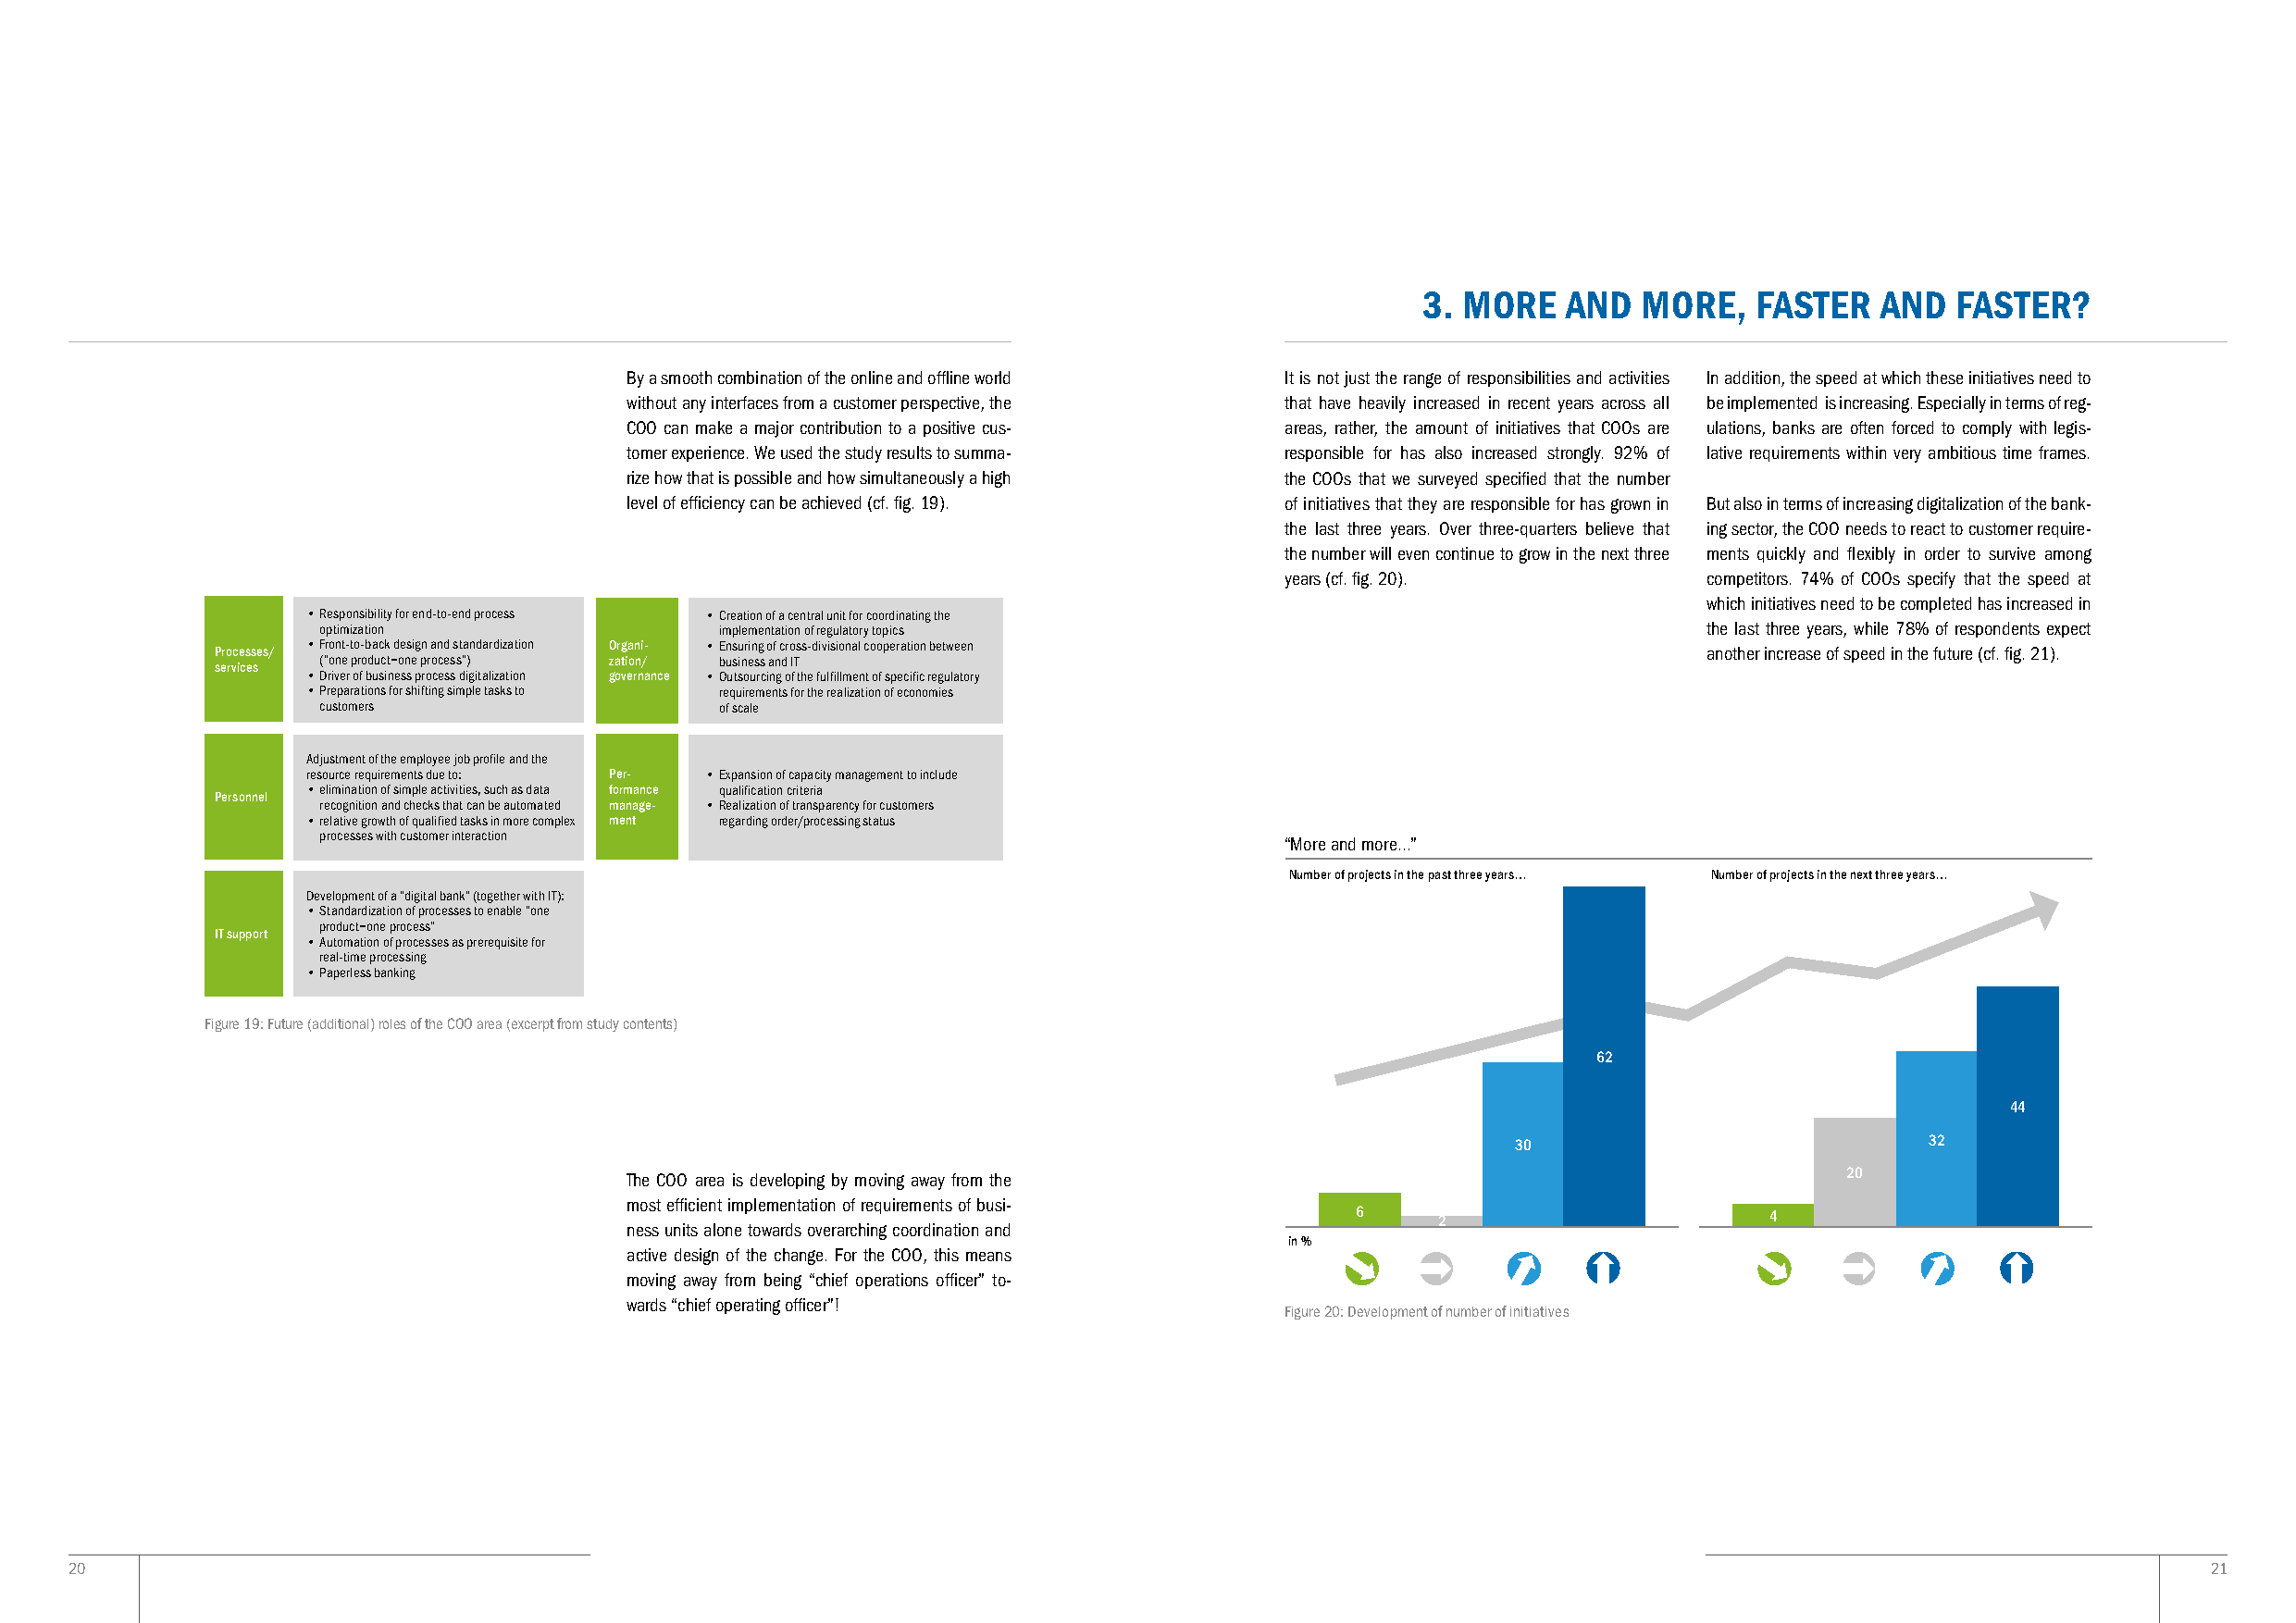
3. MORE   AND  MORE,    FASTER   AND  FASTER?
 By a smooth combination of the online and offline world It is not just the range of responsibilities and activities In addition, the speed at which these initiatives need to
 without any interfaces from a customer perspective, the that have heavily increased in recent years across all be implemented is increasing. Especially in terms of reg-
 COO can make a major contribution to a positive cus- areas, rather, the amount of initiatives that COOs are ulations, banks are often forced to comply with legis-
 tomer experience. We used the study results to summa- responsible for has also increased strongly. 92% of lative requirements within very ambitious time frames.
 rize how that is possible and how simultaneously a high the COOs that we surveyed specified that the number
 level of efficiency can be achieved (cf. fig. 19). of initiatives that they are responsible for has grown in But also in terms of increasing digitalization of the bank-
 the last three years. Over three-quarters believe that ing sector, the COO needs to react to customer require-
 the number will even continue to grow in the next three ments quickly and flexibly in order to survive among
 years (cf. fig. 20).          competitors. 74% of COOs specify that the speed at
 which initiatives need to be completed has increased in
 • Responsibility for end-to-end process • C reation of a central unit for coordinating the
 optimization                implementation of regulatory topics                                    the last three years, while 78% of respondents expect
 Processes/ • Front-to-back design and standardization Organi- • Ensuring of cross-divisional cooperation between another increase of speed in the future (cf. fig. 21).
 services (“one product=one process”) zation/ business and IT
 • Driver of business process digitalization governance • O utsourcing of the fulfillment of specific regulatory
 • Preparations for shifting simple tasks to requirements for the realization of economies
 customers                   of scale
 Adjustment of the employee job profile and the
 resource requirements due to: Per- • Expansion of capacity management to include
 • elimination of simple activities, such as data formance qualification criteria
 Personnel
 recognition and checks that can be automated manage- • Realization of transparency for customers
 • relative growth of qualified tasks in more complex ment regarding order/processing status
 processes with customer interaction
 “More and more...”
 Number of projects in the past three years… Number of projects in the next three years…
 Development of a “digital bank” (together with IT):
 • Standardization of processes to enable “one
 product=one process”
 IT support
 • Automation of processes as prerequisite for
 real-time processing
 • Paperless banking
 Figure 19: Future (additional) roles of the COO area (excerpt from study contents)
 62
 44
 30                            32
 The COO area is developing by moving away from the                                     20
 most efficient implementation of requirements of busi-
 6     2                       4
 ness units alone towards overarching coordination and
 in %
 active design of the change. For the COO, this means
                              
 moving away from being “chief operations officer” to-
 wards “chief operating officer”!
 Figure 20: Development of number of initiatives
 20                                                                                                                                                       21
 
 
                  
 
 